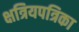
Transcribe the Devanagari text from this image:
क्षत्रियपत्रिका